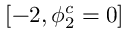
[ - 2 , \phi _ { 2 } ^ { c } = 0 ]